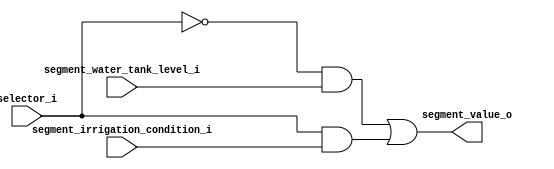
/* Selects one value of the inputs, referents the to water level
   and irrigation status, to display in the 7-segment display.  */

module mux_2_1
(
	input  segment_water_tank_level_i,
	input  segment_irrigation_condition_i,
	input  selector_i,
	output segment_value_o
);

	// Declaring wires
	wire w0, w1, w2;
	
	// Inverting the selector value
	not inv0(w0, selector_i);
	
	// Applying AND gates between the selector and decoder inputs 
	and and0(w1, w0, segment_water_tank_level_i);
	and and1(w2, selector_i, segment_irrigation_condition_i);
	
	// Using OR gate on the AND gates outputs
	or input_selected(segment_value_o, w1, w2);
	
endmodule